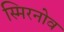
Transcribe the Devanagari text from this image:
स्मिरनोव